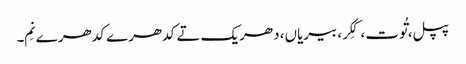
پپل، تُوت، کِکر، بیریاں، دھریک تے کدھرے کدھرے نِم۔